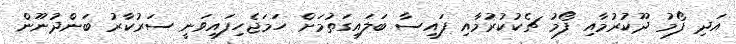
އަދި ފޯމު ދޫކުރުމާއި ފޯމު ޗެކުކުރުމާއި ފައިސާ ބަލައިގަތުމަށް ހަމަޖެހިފައިވަނީ ސަރުކާރު ބަންދުނޫން